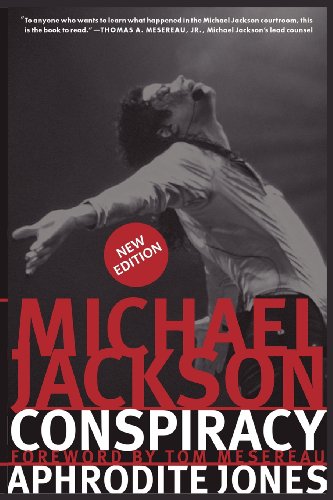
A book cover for Michael Jackson Conspiracy: New Edition; Aphrodite Jones; Biographies & Memoirs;